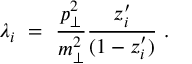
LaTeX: \lambda _ { i } \ = \ { \frac { p _ { \perp } ^ { 2 } } { m _ { \perp } ^ { 2 } } } { \frac { z _ { i } ^ { \prime } } { ( 1 - z _ { i } ^ { \prime } ) } } \ .